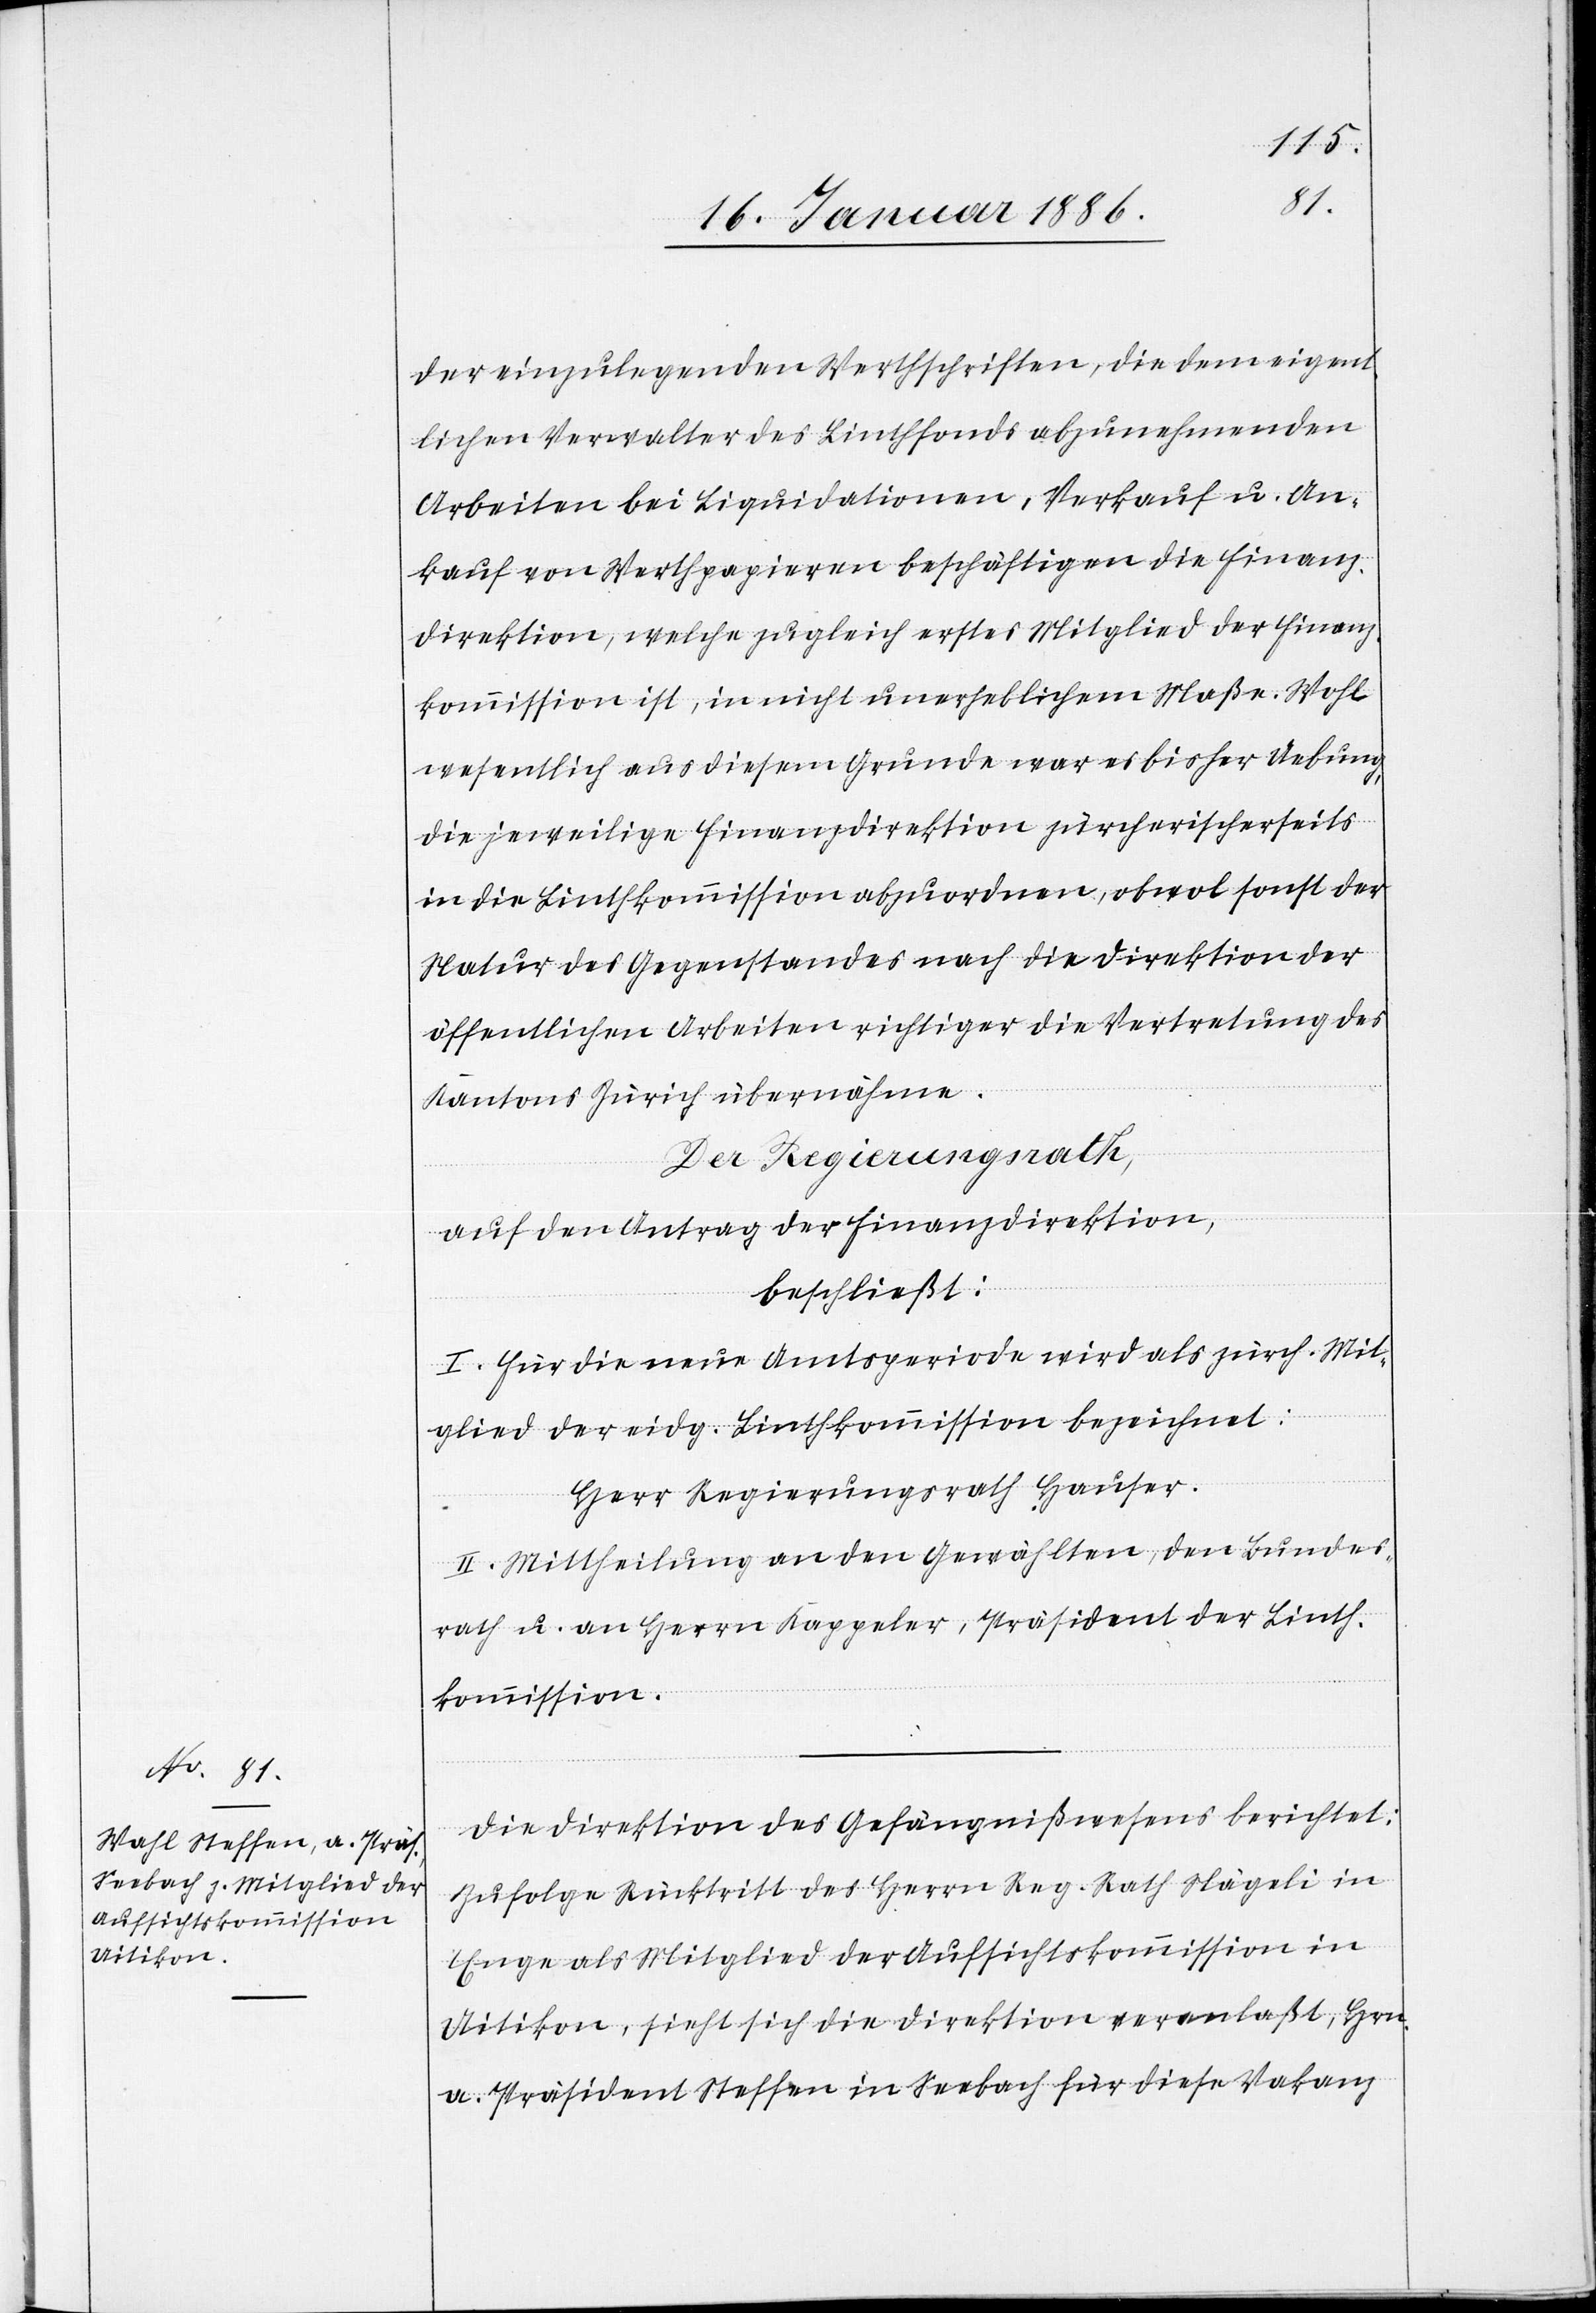
der einzulegenden Werthschriften, die dem eigent¬
lichen Verwalter des Linthfonds abzunehmende
Arbeiten bei Liquidationen, Verkauf u. An¬
kauf von Werthpapieren beschäftigen die Finanz¬
direktion, welche zugleich erstes Mitglied der Finanz¬
kommission ist, in nicht unerheblichen Maße. Wohl
wesentlich aus diesem Grunde war es bisher Uebung,
die jeweilige Finanzdirektion zürcherischerseits
die Linthkommission abzuordnen, obwol sonst der
Natur des Gegenstandes nach die Direktion der
öffentlichen Arbeiten richtiger die Vertretung des
Kantons Zürich übernähme.
Der Regierungsrath,
auf den Antrag der Finanzdirektion,
beschließt:
I. Für die neue Amtsperiode wird als zürch. Mit¬
glied der eidg. Linthkommission bezeichnet:
Herr Regierungsrath Hauser.
II. Mittheilung an den Gewählten, den Bundes¬
rath u. an Herrn Kappeler, Präsident der Linth¬
kommission.
Die Direktion des Gefängnißwesens berichtet:
Zufolge Rücktritt des Herrn Reg. Rath Nägeli in
Enge als Mitglied der Aufsichtskommission in
Uitikon, sieht sich die Direktion veranlaßt, Hrn.
a. Präsident Steffen in Seebach für diese Vakanz